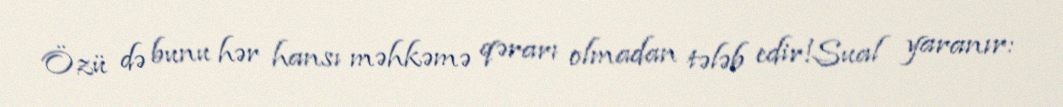
Özü də bunu hər hansı məhkəmə qərarı olmadan tələb edir!Sual yaranır: